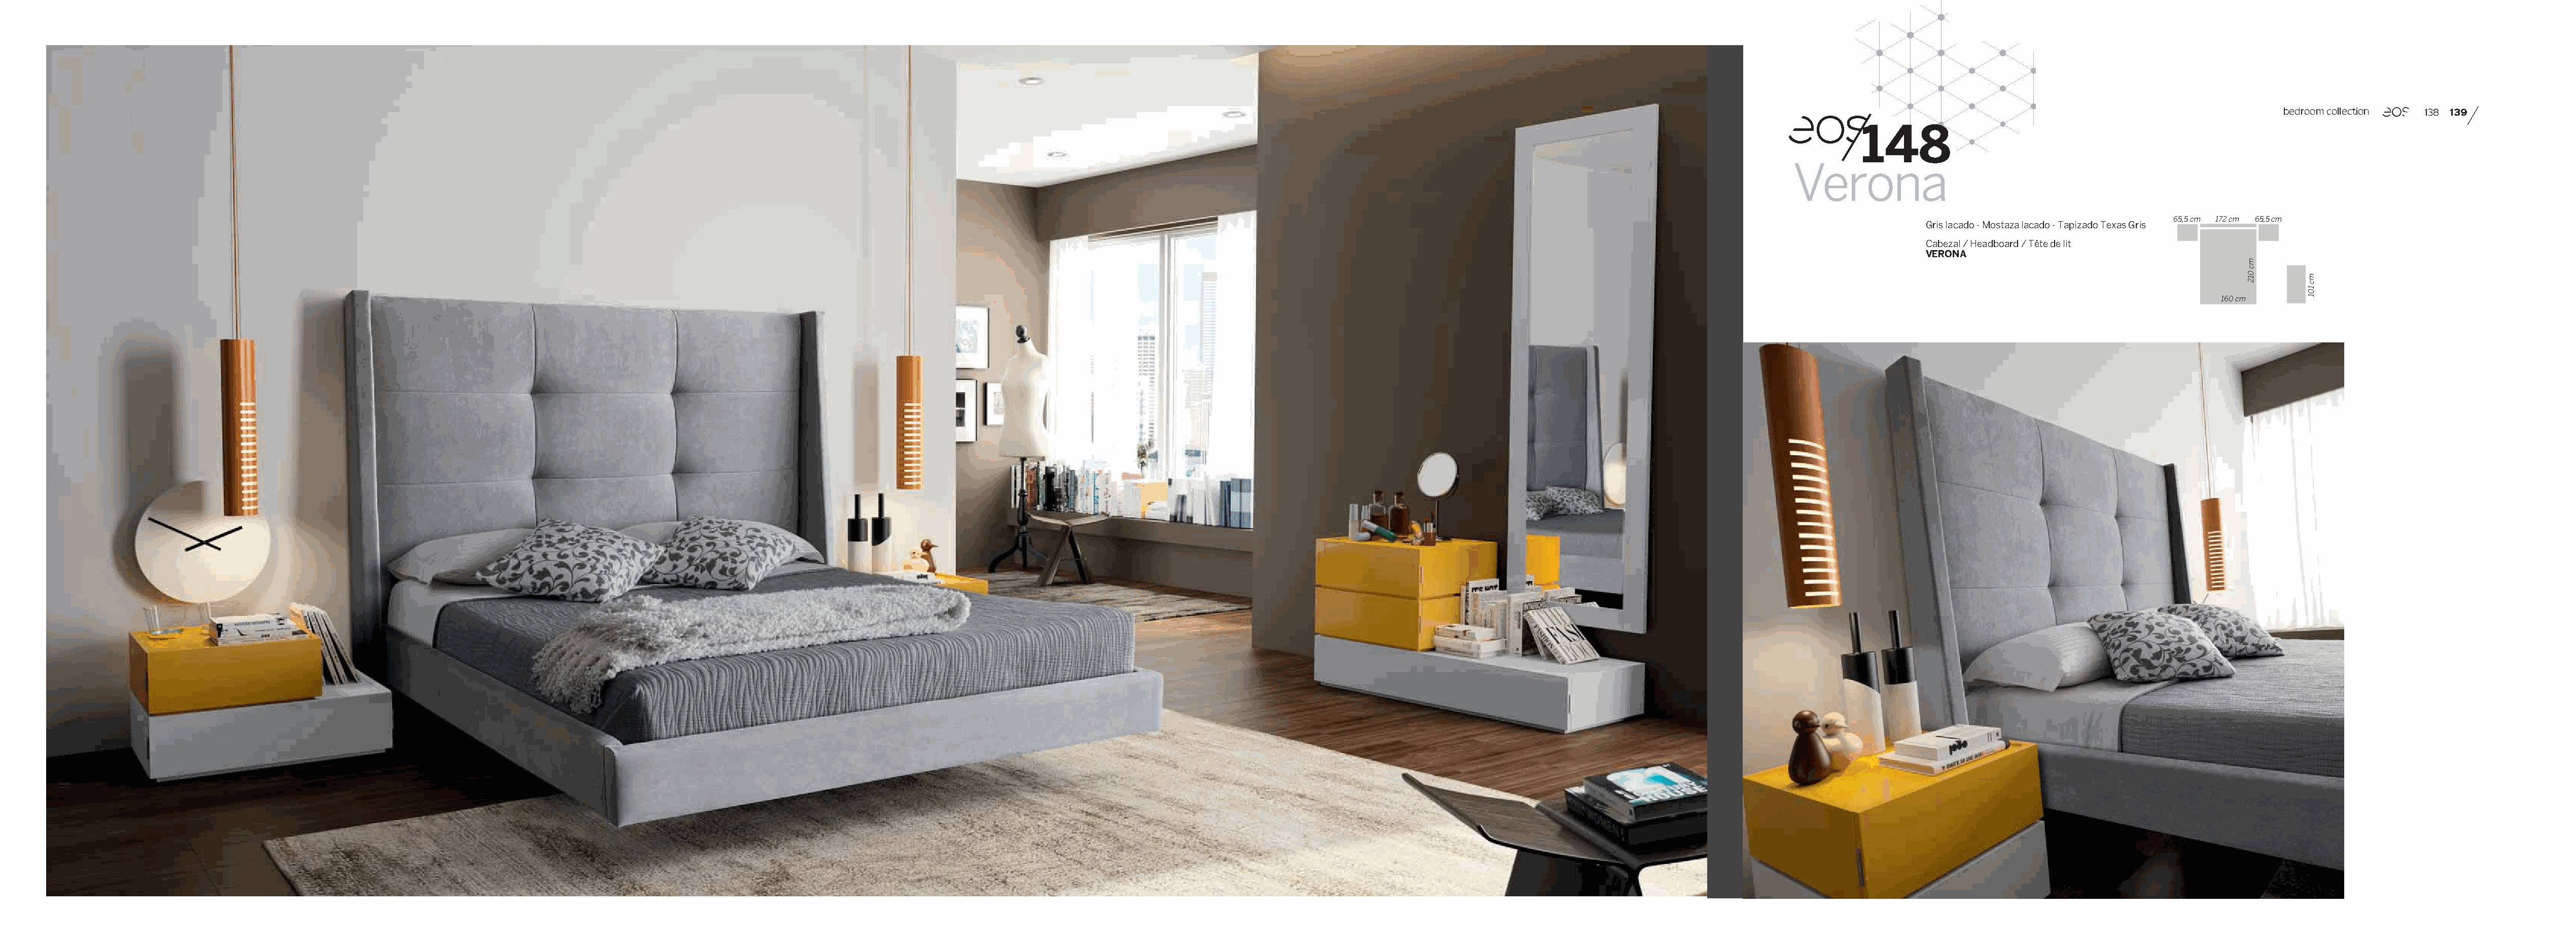
bedroom collection 138 139
 148
 Verona
 65,5 cm 172 cm 65,5 cm
 Gris lacado - Mostaza lacado - Tapizado Texas Gris
 Cabezal / Headboard / Tête de lit
 VERONA
 160 cm
 mc
 012     mc
 101